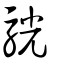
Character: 駫